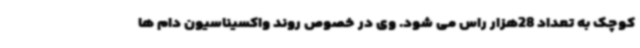
کوچک به تعداد 28هزار راس می شود. وی در خصوص روند واکسیناسیون دام ها